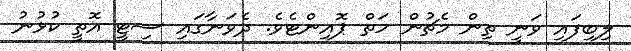
ލިބިފައި ވަނީ ތިން މެޗުން ހަތް ޕޮއިންޓެވެ. ދެވަނާގައި ސިޓީ އޮތީ ކުޅުނު